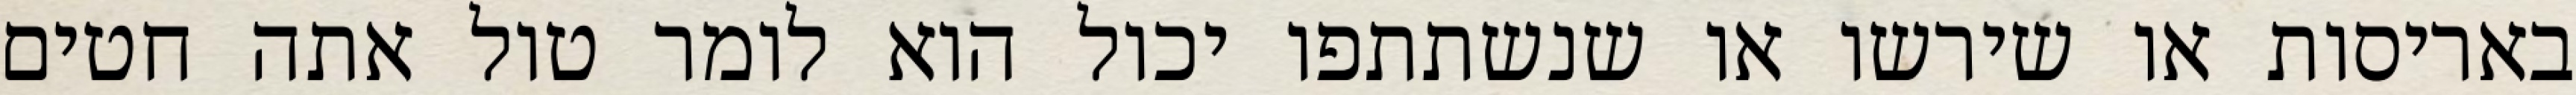
באריסות או שירשו או שנשתתפו יכול הוא לומר טול אתה חטים